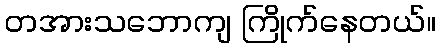
တအားသဘောကျ ကြိုက်နေတယ်။